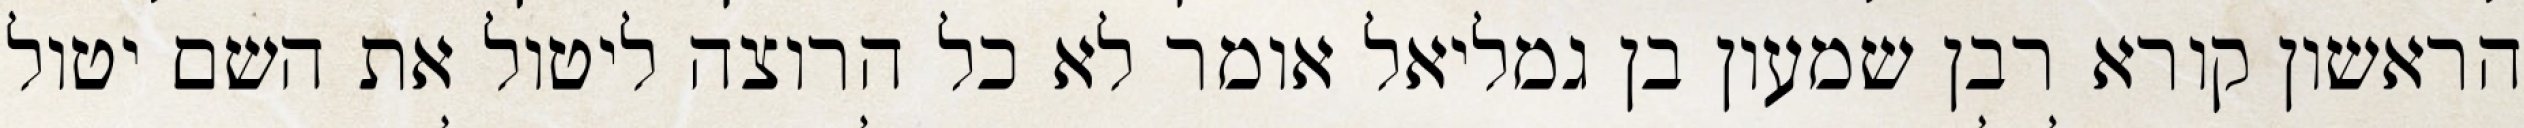
הראשון קורא רבן שמעון בן גמליאל אומר לא כל הרוצה ליטול את השם יטול